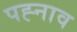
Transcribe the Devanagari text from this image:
पह्नाव